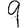
Digit: 9